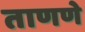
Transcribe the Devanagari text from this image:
ताणणे